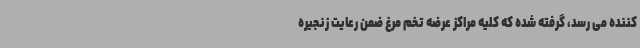
کننده می رسد، گرفته شده که کلیه مراکز عرضه تخم مرغ ضمن رعایت زنجیره